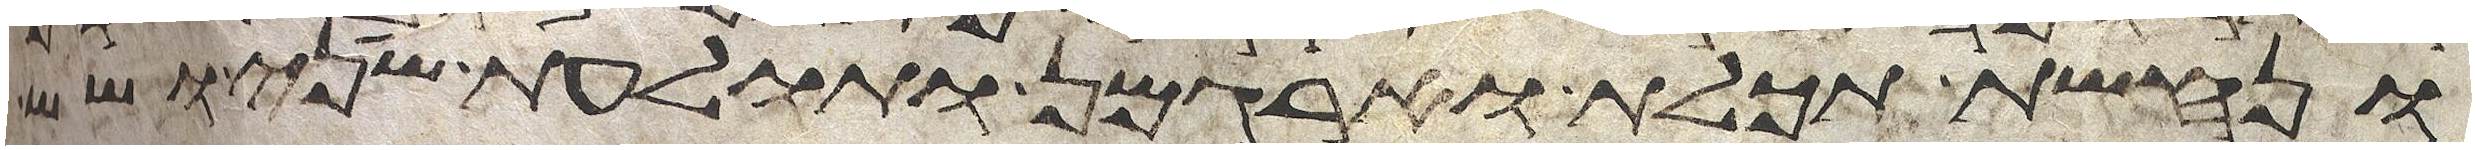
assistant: ונחשת תכלת וארגמן ותולעת שני ושש